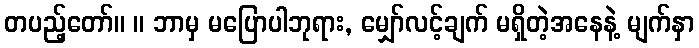
တပည့်တော်။ ။ ဘာမှ မပြောပါဘုရား, မျှော်လင့်ချက် မရှိတဲ့အနေနဲ့ မျက်နှာ